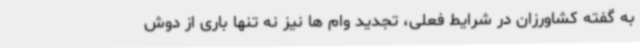
به گفته کشاورزان در شرایط فعلی، تجدید وام ها نیز نه تنها باری از دوش